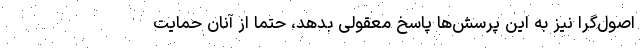
اصول‌گرا نیز به این پرسش‌ها پاسخ معقولی بدهد، حتماً از آنان حمایت